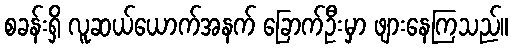
စခန်းရှိ လူဆယ်ယောက်အနက် ခြောက်ဦးမှာ ဖျားနေကြသည်။